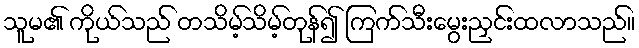
သူမ၏ ကိုယ်သည် တသိမ့်သိမ့်တုန်၍ ကြက်သီးမွေးညှင်းထလာသည်။